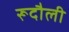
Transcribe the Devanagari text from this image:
रूदौली